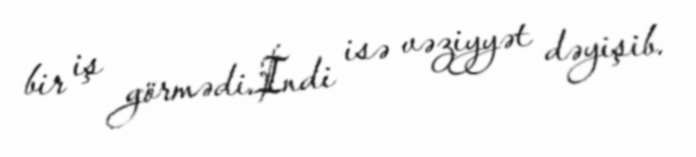
bir iş görmədi.İndi isə vəziyyət dəyişib.